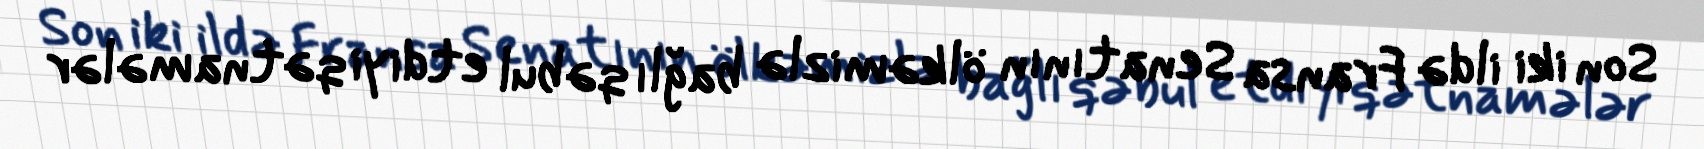
Son iki ildə Fransa Senatının ölkəmizlə bağlı qəbul etdiyi qətnamələr